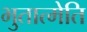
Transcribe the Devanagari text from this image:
भुतात्मेति